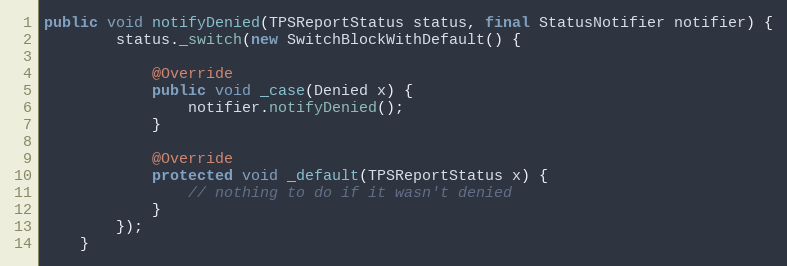
Language: Java
public void notifyDenied(TPSReportStatus status, final StatusNotifier notifier) {
        status._switch(new SwitchBlockWithDefault() {

            @Override
            public void _case(Denied x) {
                notifier.notifyDenied();
            }

            @Override
            protected void _default(TPSReportStatus x) {
                // nothing to do if it wasn't denied
            }
        });
    }